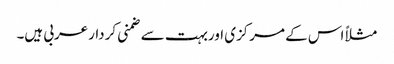
مثلاً اس کے مرکزی اوربہت سے ضمنی کردارعربی ہیں۔